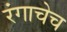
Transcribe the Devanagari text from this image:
रंगाचेच